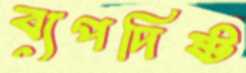
ব্যপদিষ্ট